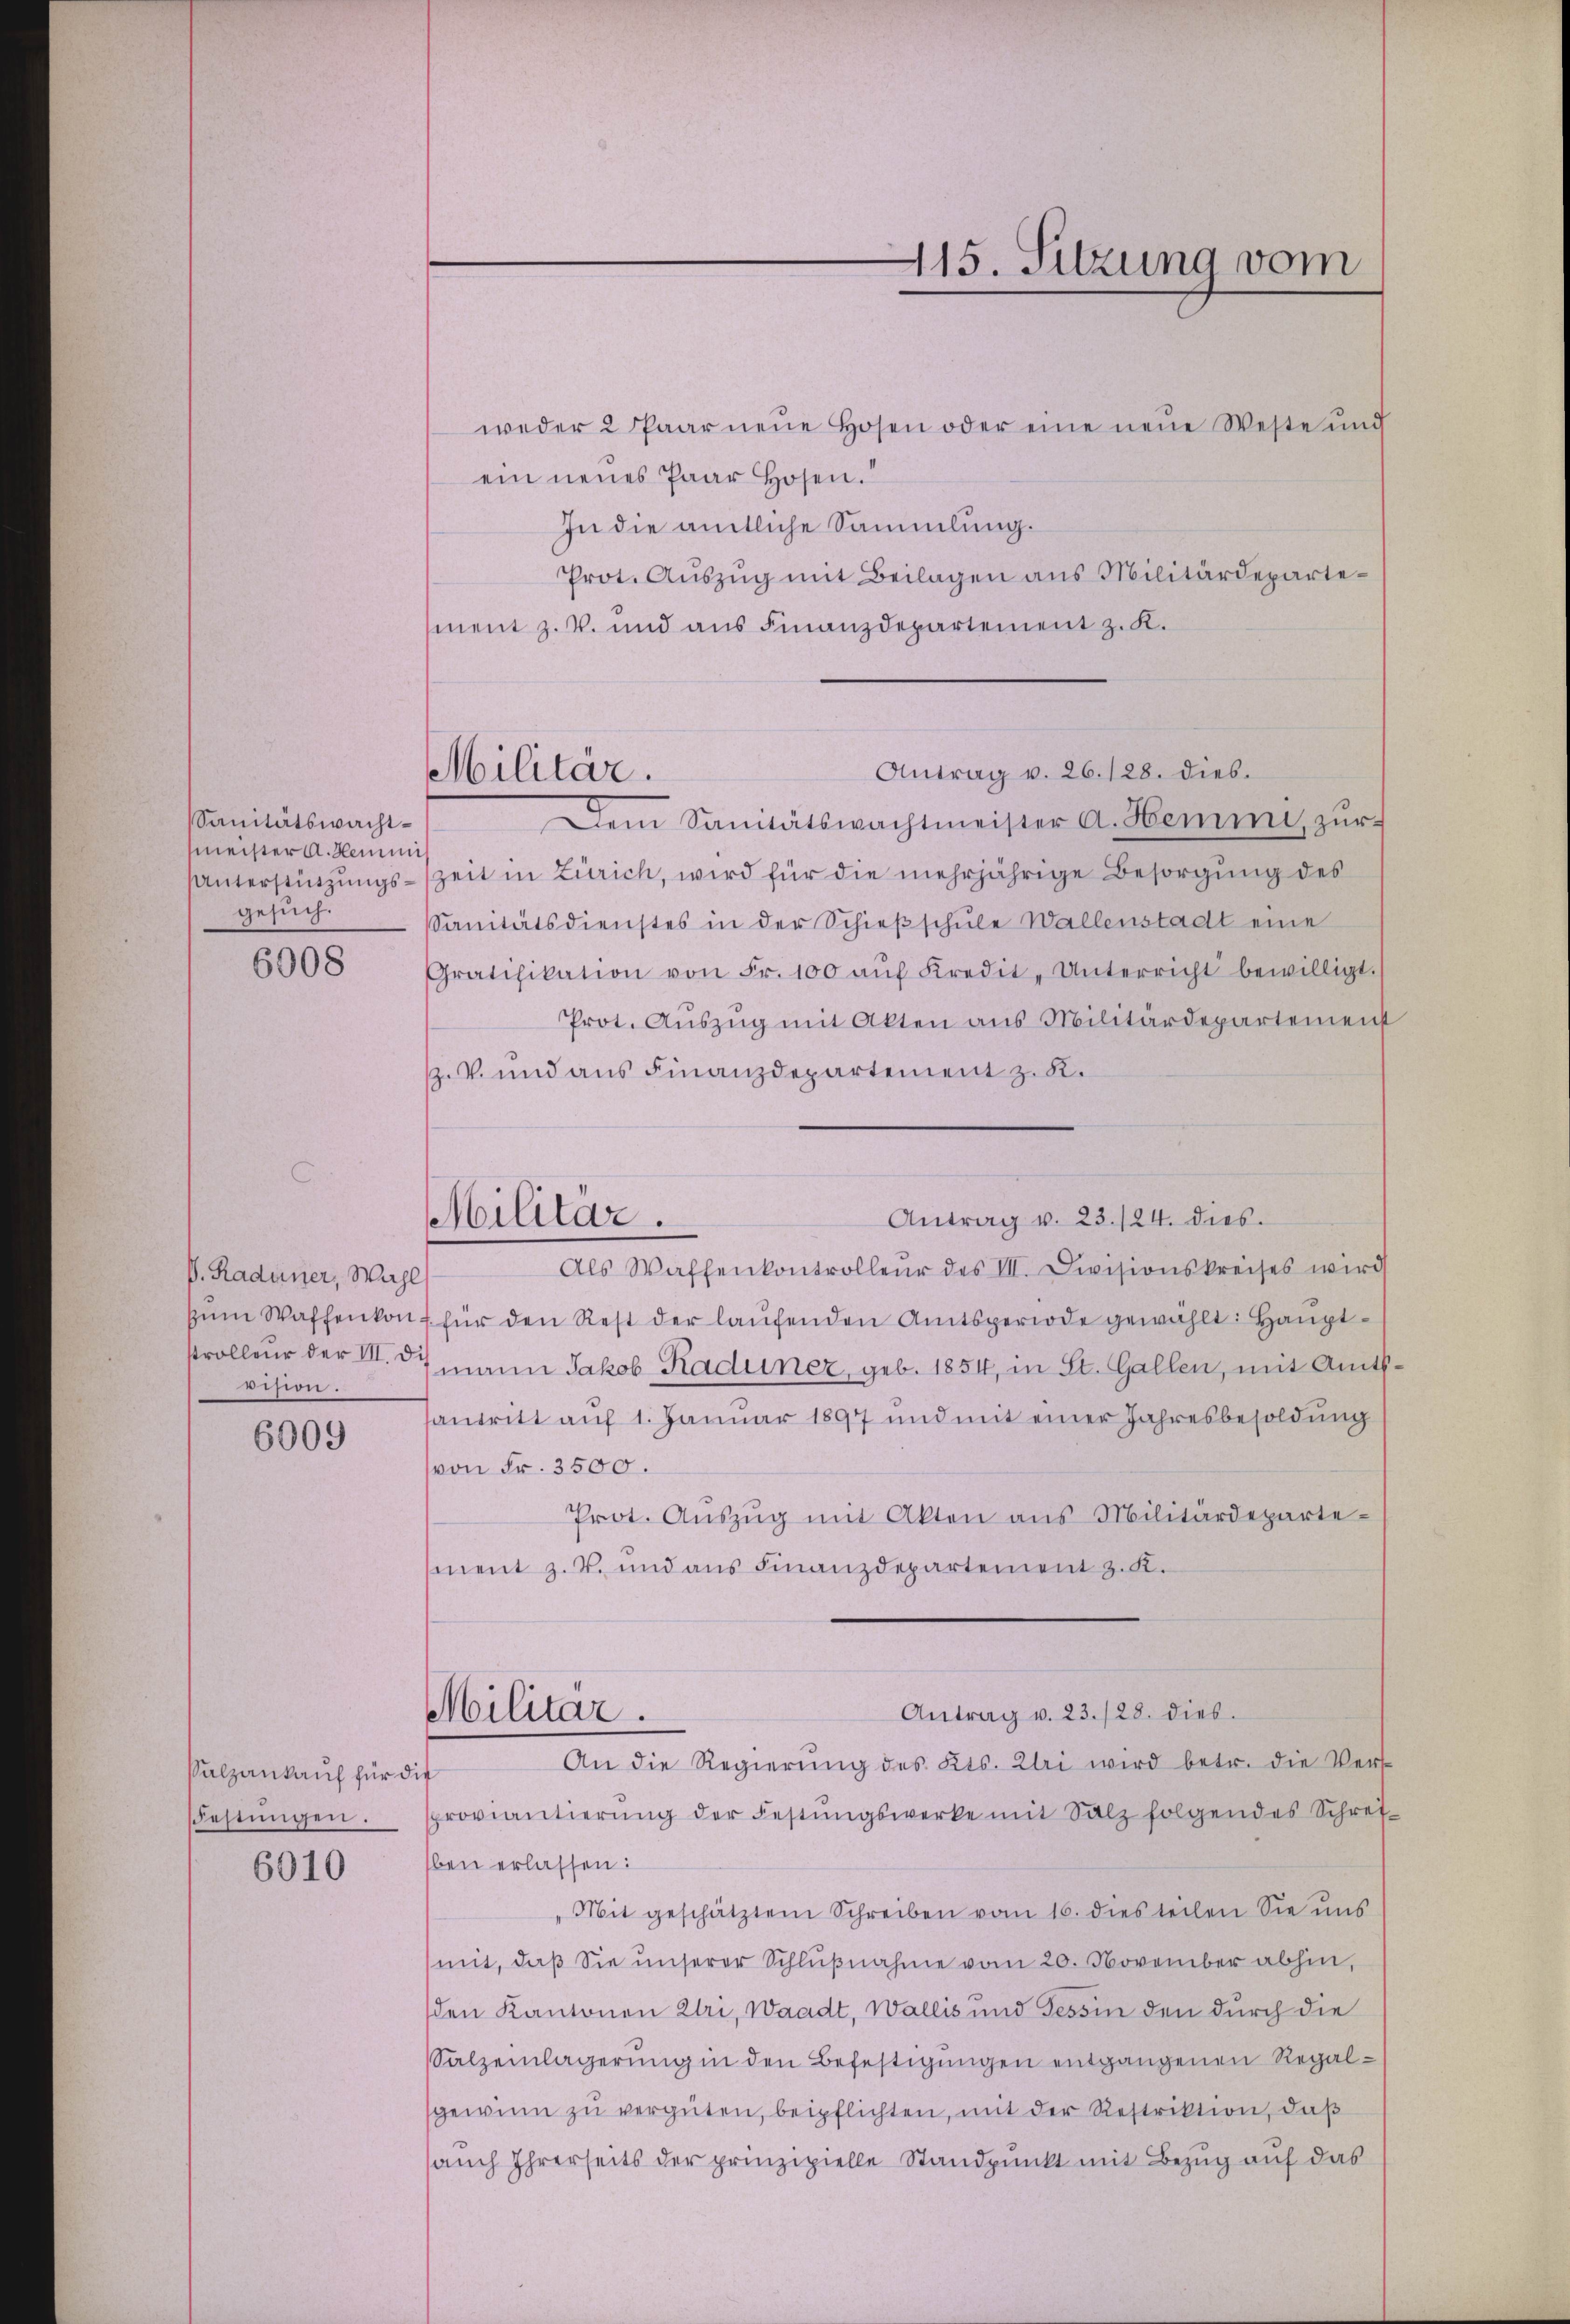
Sanitätswachtmeister A. Hemmis
gesuch.
6008

V. Radener, Wahl
ision.

6009

salzankauf für die
Festungen.
6010

Militär.

weder 2 Paar neŭe Hosen oder eine neue Weste und
ein neues Paar Hosen.
In die amtliche Sammlung.
Prot. Aŭszŭg mit Beilagen aus Militärdepartement z. B. und aus Finanzdepartement z. K.
Antrag v. 26. 128. dies.
Dem Sanitätswachtmeister A. Hemmi zŭr
Unterstützŭngs-Zeit in Zürich, wird für die mehrjährige Besorgŭng des
Sanitätsdienstes in der Schieβschŭle Wallenstadt eine
Gratifikation von Fr. 100 aŭf Kredit- Unterricht bewilligt.
Prot. Aŭszŭg mit Akten ans Militärdepartement
z. V. und aus Finanzdepartement z. K.
Antrag v. 23./24. dies
Als Waffenkontrolleur des III. Divisionskreises wird
zŭm Waffenkonf für den Rest der laŭfenden Amtsperiode gewählt: Haŭptstrolleur der III. 37 mann Jakob Kaduner, geb. 1854, in St. Gallen, mit Amtssantritt aŭf 1. Januar 1897 und mit einer Jahresbesoldŭng
von Fr. 3500.
Prot. Aŭszŭg mit Akten aus Militärdepartement z. v. und ans Finanzdepartement z. K.
Antrag v. 23./28. dies
Militär.
An die Regierŭng des Kts. Klei wird betr. die Ver-
proviantierŭng der Festŭngswerke mit Salz folgendes Schrei-
ben erlassen:
„Mit geschätztem Schreiben vom 16. dies teilen Sie uns
mit, daß Sie unserer Schlŭβnahme vom 20. November abhin,
den Kantonen Uri, Waadt, Wallis und Tessin den durch die
Salzeinlagerung in den Befestigungen entgangenen Regalsgewinn zŭ vergüten, beipflichten, mit der Restriktion, daß
auch Ihrerseits der prinzipielle Standpunkt mit Bezug auf das

Militär.

115. Sitzung vom